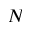
N